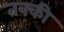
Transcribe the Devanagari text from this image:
तक्की